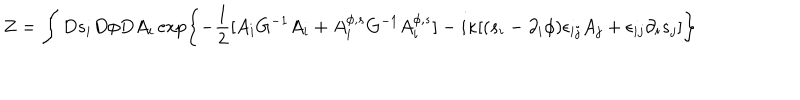
LaTeX: Z = \int D s _ { i } D \phi D A _ { i } \exp \left\{ - \frac { 1 } { 2 } [ A _ { i } G ^ { - 1 } A _ { i } + A _ { i } ^ { \phi , s } G ^ { - 1 } A _ { i } ^ { \phi , s } ] - i \kappa [ ( s _ { i } - \partial _ { i } \phi ) \epsilon _ { i j } A _ { j } + \epsilon _ { i j } \partial _ { i } s _ { j } ] \right\}